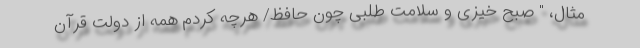
مثال، " صبح خیزی و سلامت طلبی چون حافظ/ هرچه کردم همه از دولت قرآن